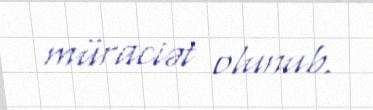
müraciət olunub.